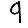
Digit: 9